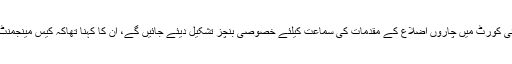
فاضل چیف جسٹس نے کہا کہ وکلاء دستیابی کے مطابق ہائی کورٹ میں چاروں اضلاع کے مقدمات کی سماعت کیلئے خصوصی بنچز تشکیل دیئے جائیں گے، ان کا کہنا تھاکہ کیس مینجمنٹ پلان سے استفادہ کئے بغیر پراجیکٹ کامیاب نہیں ہو سکتا۔